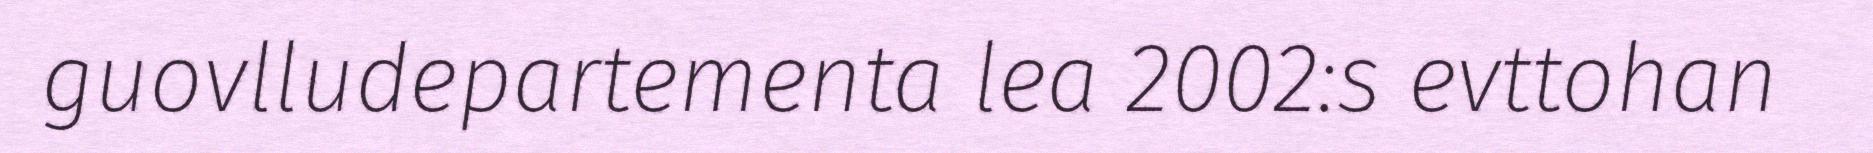
guovlludepartementa lea 2002:s evttohan